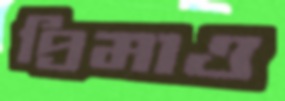
প্রিমাও